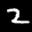
Label: 2